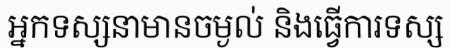
អ្នកទស្សនាមានចម្ងល់ និងធ្វើការទស្ស